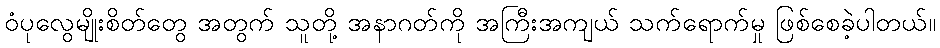
ဝံပုလွေမျိုးစိတ်တွေ အတွက် သူတို့ အနာဂတ်ကို အကြီးအကျယ် သက်ရောက်မှု ဖြစ်စေခဲ့ပါတယ်။